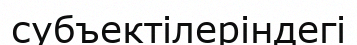
субъектілеріндегі